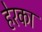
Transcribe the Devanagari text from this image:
हेरका